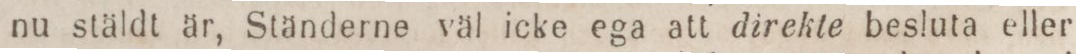
nu stäldt är, Ständerne val icke ega att direkte besluta eller